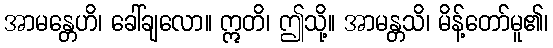
အာမန္တေဟိ၊ ခေါ်ချလော။ ဣတိ၊ ဤသို့။ အာမန္တသိ၊ မိန့်တော်မူ၏၊